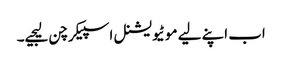
اب اپنے لیے موٹیویشنل اسپیکر چن لیجیے۔